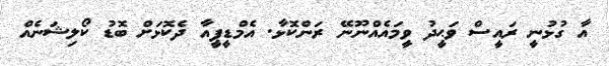
އާ ގުޅުނީ ރައީސް ވަޙީދު ވީމައެއްނޫނޭ ރަންކޮޅާ. އެމްޑީޕީއާ ދެކޮޅަށް ބޮޑު ކޯލިޝަނެއް